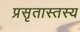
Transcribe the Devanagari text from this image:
प्रसृतास्तस्य